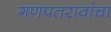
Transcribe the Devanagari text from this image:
गणपतरावांचा